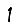
Digit: 1